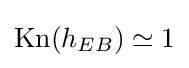
\mathrm {Kn} (h_{EB})\simeq 1